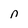
Character: n